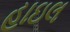
હાઇલ